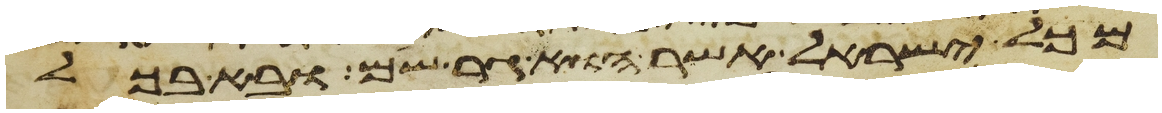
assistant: מכל ישראל אשר הוא גר שם ובא בכל